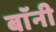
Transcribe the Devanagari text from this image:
बाॅनी